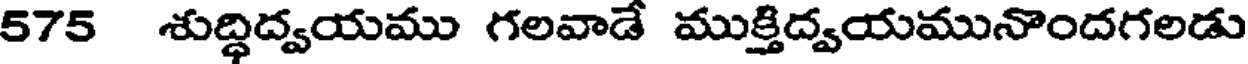
575 శుద్ధిద్వయము గలవాడే ముక్తిద్వయమునొందగలడు